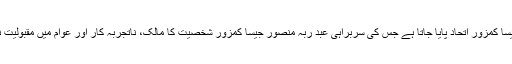
جبکہ اس اتحاد کے مقابلے میں ایک ایسا کمزور اتحاد پایا جاتا ہے جس کی سربراہی عبد ربہ منصور جیسا کمزور شخصیت کا مالک، ناتجربہ کار اور عوام میں مقبولیت نہ ہونے کے برابر شخص کر رہا ہے۔